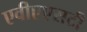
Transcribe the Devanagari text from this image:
एवीएएसटी